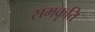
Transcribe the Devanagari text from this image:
समकृति